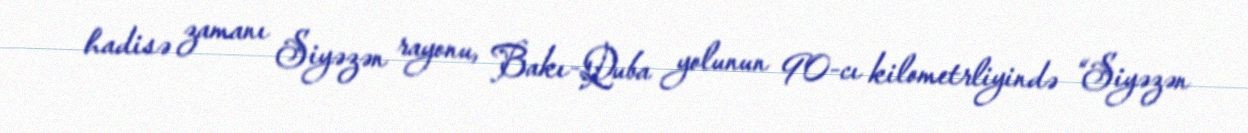
hadisə zamanı Siyəzən rayonu, Bakı-Quba yolunun 90-cı kilometrliyində “Siyəzən